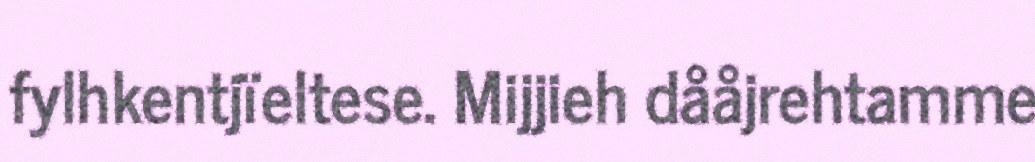
fylhkentjïeltese. Mijjieh dååjrehtamme